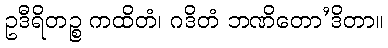
ဥဒီရိတဉ္စ ကထိတံ၊ ဂဒိတံ ဘဏိတော’ဒိတာ။